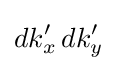
dk'_{x}\,dk'_{y}